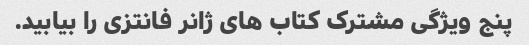
پنج ویژگی مشترک کتاب های ژانر فانتزی را بیابید.